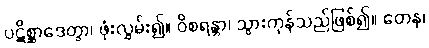
ပဋိစ္ဆာဒေတွာ၊ ဖုံးလွှမ်း၍။ ဝိစရန္တာ၊ သွားကုန်သည်ဖြစ်၍။ တေန၊